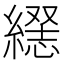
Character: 𦄥